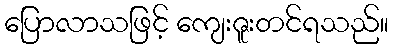
ပြောလာသဖြင့် ကျေးဇူးတင်ရသည်။